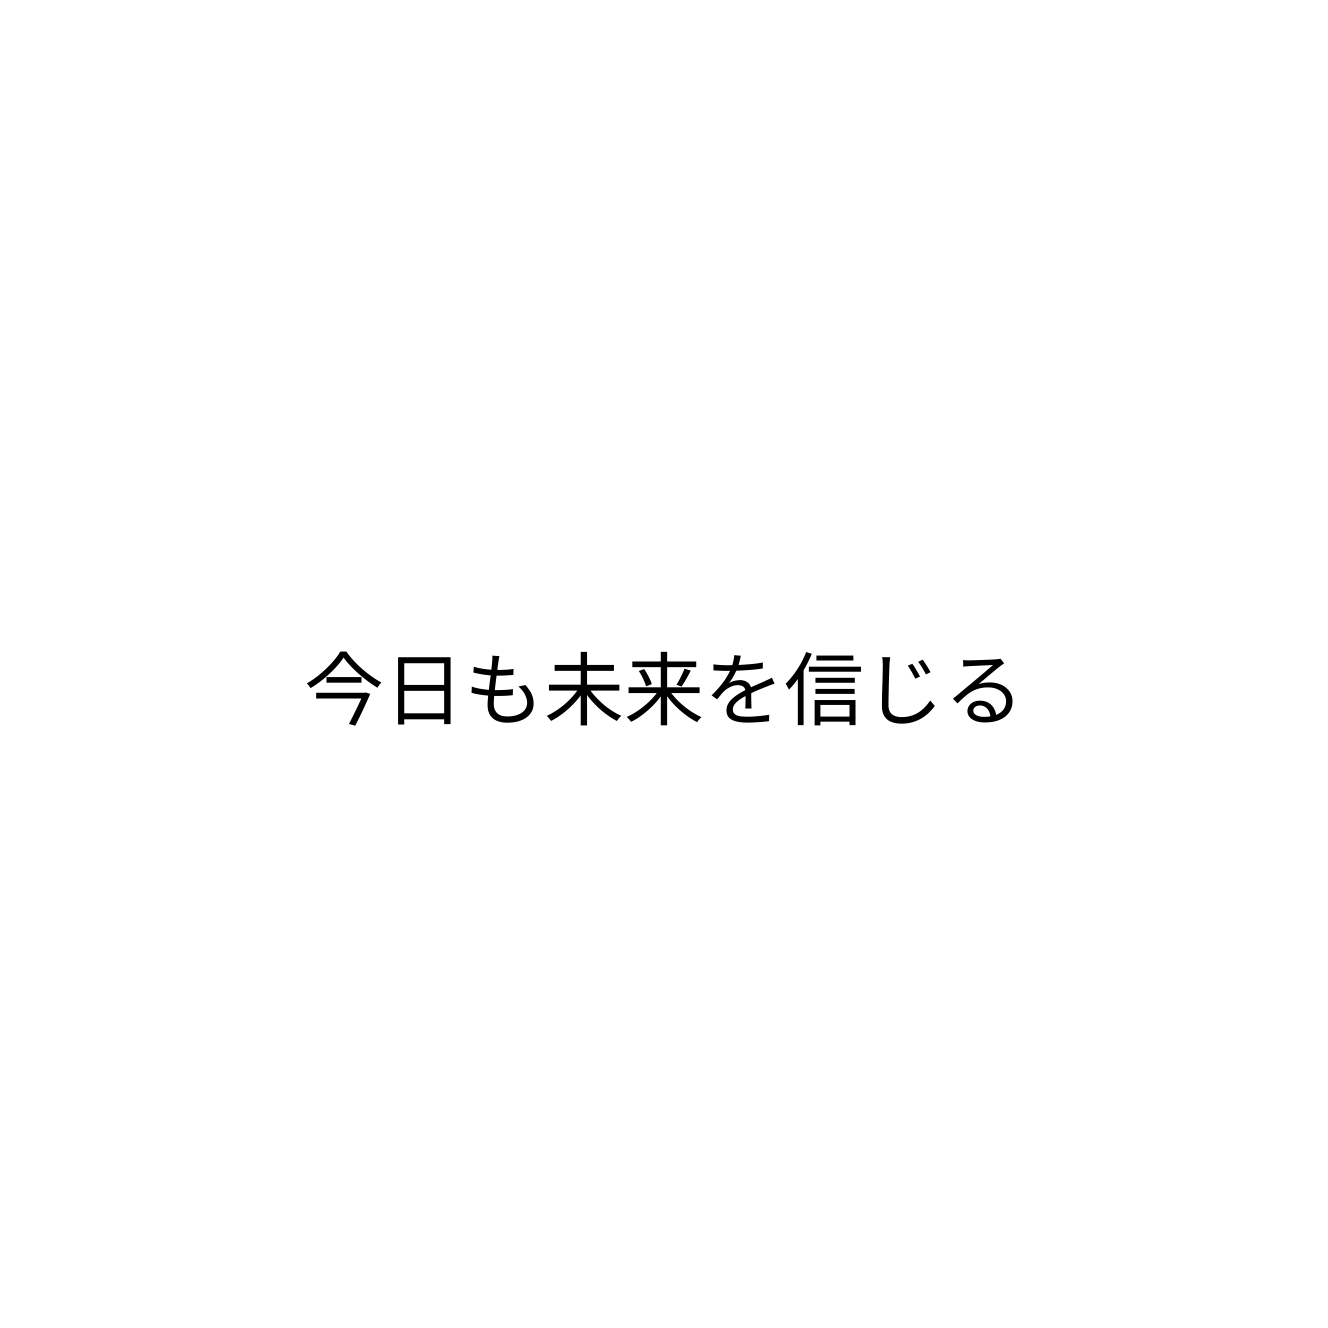
今日も未来を信じる